Report of an investigation into the causes of the diseases known in Assam as Kála-Azár and Beri-Beri
Disease focus: Beri-Beri
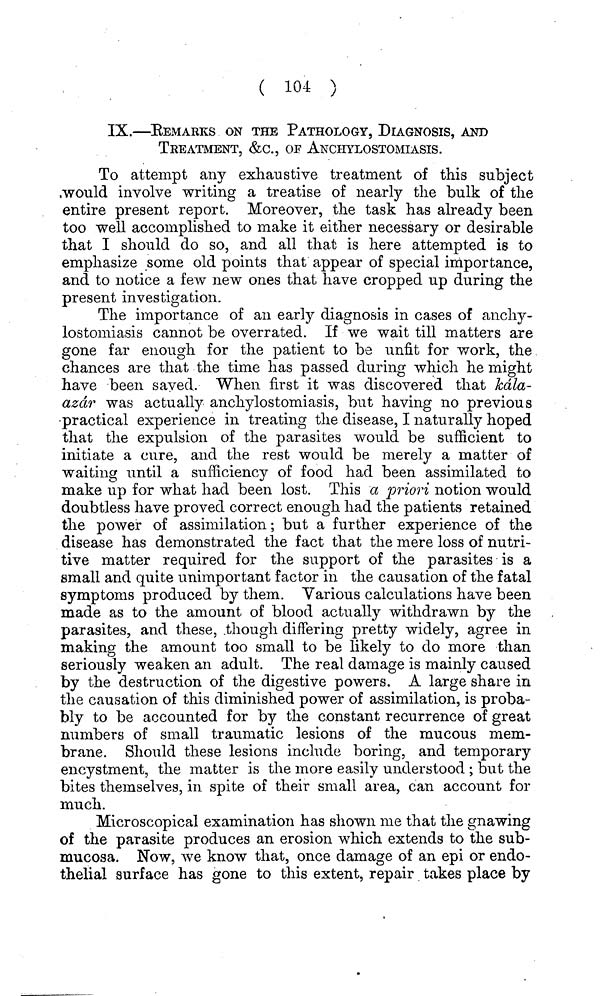
( 104 )
IX.—BEMARKS ON THE PATHOLOGY, DIAGNOSIS, AND
TREATMENT, &c., OF ANCHYLOSTOMIASIS.
To attempt any exhaustive treatment of this subject
would involve writing a treatise of nearly the bulk of the
entire present report. Moreover, the task has already been
too well accomplished to make it either necessary or desirable
that I should do so, and all that is here attempted is to
emphasize some old points that appear of special importance,
and to notice a few new ones that have cropped up during the
present investigation.
The importance of an early diagnosis in cases of anclry-
lostomiasis cannot be overrated. If we wait till matters are
gone far enough for the patient to be unfit for work, the
chances are that the time has passed during which he might
have been saved. When first it was discovered that kdla-
azdr was actually anchylostomiasis, but having no previous
practical experience in treating the disease, I naturally hoped
that the expulsion of the parasites would be sufficient to
initiate a cure, and the rest would be merely a matter of
waiting until a sufficiency of food had been assimilated to
make up for what had been lost. This a priori notion would
doubtless have proved correct enough had the patients retained
the power of assimilation; but a further experience of the
disease has demonstrated the fact that the mere loss of nutri-
tive matter required for the support of the parasites is a
small and quite unimportant factor in the causation of the fatal
symptoms produced by them. Various calculations have been
made as to the amount of blood actually withdrawn by the
parasites, and these, though differing pretty widely, agree in
making the amount too small to be likely to do more than
seriously weaken an adult. The real damage is mainly caused
by the destruction of the digestive powers. A large share in
the causation of this diminished power of assimilation, is proba-
bly to be accounted for by the constant recurrence of great
numbers of small traumatic lesions of the mucous mem-
brane. Should these lesions include boring, and temporary
encystment, the matter is the more easily understood ; but the
bites themselves, in spite of their small area, can account for
much.
Microscopical examination has shown me that the gnawing
of the parasite produces an erosion which extends to the sub-
mucosa. Now, we know that, once damage of an epi or endo-
thelial surface has gone to this extent, repair takes place by